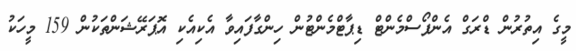
މީގެ އިތުރުން ޑްރަގް އެންފޯސްމެންޓް ޑިޕާޓްމެންޓުން ހިންގާފައިވާ އެކިއެކި އޮޕަރޭޝަންތަކުން 159 މީހަކު